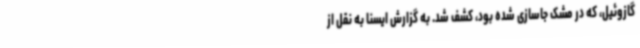
گازوئیل، که در مشک جاسازی شده بود، کشف شد. به گزارش ایسنا به نقل از